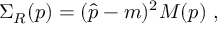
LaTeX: \Sigma _ { R } ( p ) = ( \hat { p } - m ) ^ { 2 } { \cal M } ( p ) \ ,